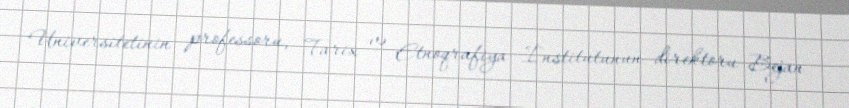
Universitetinin professoru, Tarix və Etnoqrafiya İnstitutunun direktoru Bejan